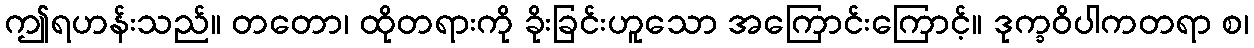
ဤရဟန်းသည်။ တတော၊ ထိုတရားကို ခိုးခြင်းဟူသော အကြောင်းကြောင့်။ ဒုက္ခဝိပါကတရာ စ၊